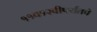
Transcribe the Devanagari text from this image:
११व१२वीपर्यंतचे